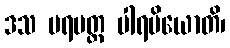
ဒသ ပရမတ္တ ပါရမိယောတိ၊